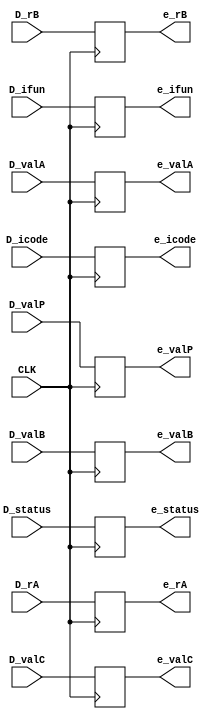
`timescale 1ns / 1ps
module execute_reg( input CLK, input [2:0] D_status, input [3:0] D_icode, input [3:0] D_ifun, input [3:0] D_rA, input [3:0] D_rB, input [63:0] D_valC, input [63:0] D_valP, input [63:0] D_valA, input [63:0] D_valB, output reg [2:0]  e_status, output reg [3:0]  e_icode, output reg [3:0]  e_ifun, output reg [3:0]  e_rA, output reg [3:0]  e_rB, output reg [63:0] e_valC, output reg [63:0] e_valP, output reg [63:0] e_valA, output reg [63:0] e_valB);

always@(posedge CLK)
begin
e_icode <= D_icode;
e_rB <= D_rB;
e_valA <= D_valA;
e_ifun <= D_ifun;
e_valB <= D_valB;
e_valC <= D_valC;
e_status <= D_status;
e_valP <= D_valP;
e_rA <= D_rA;

end
endmodule